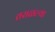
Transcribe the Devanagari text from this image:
तराळल्या